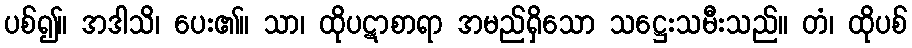
ပစ်၍။ အဒါသိ၊ ပေး၏။ သာ၊ ထိုပဋာစာရာ အမည်ရှိသော သဋ္ဌေးသမီးသည်။ တံ၊ ထိုပစ်